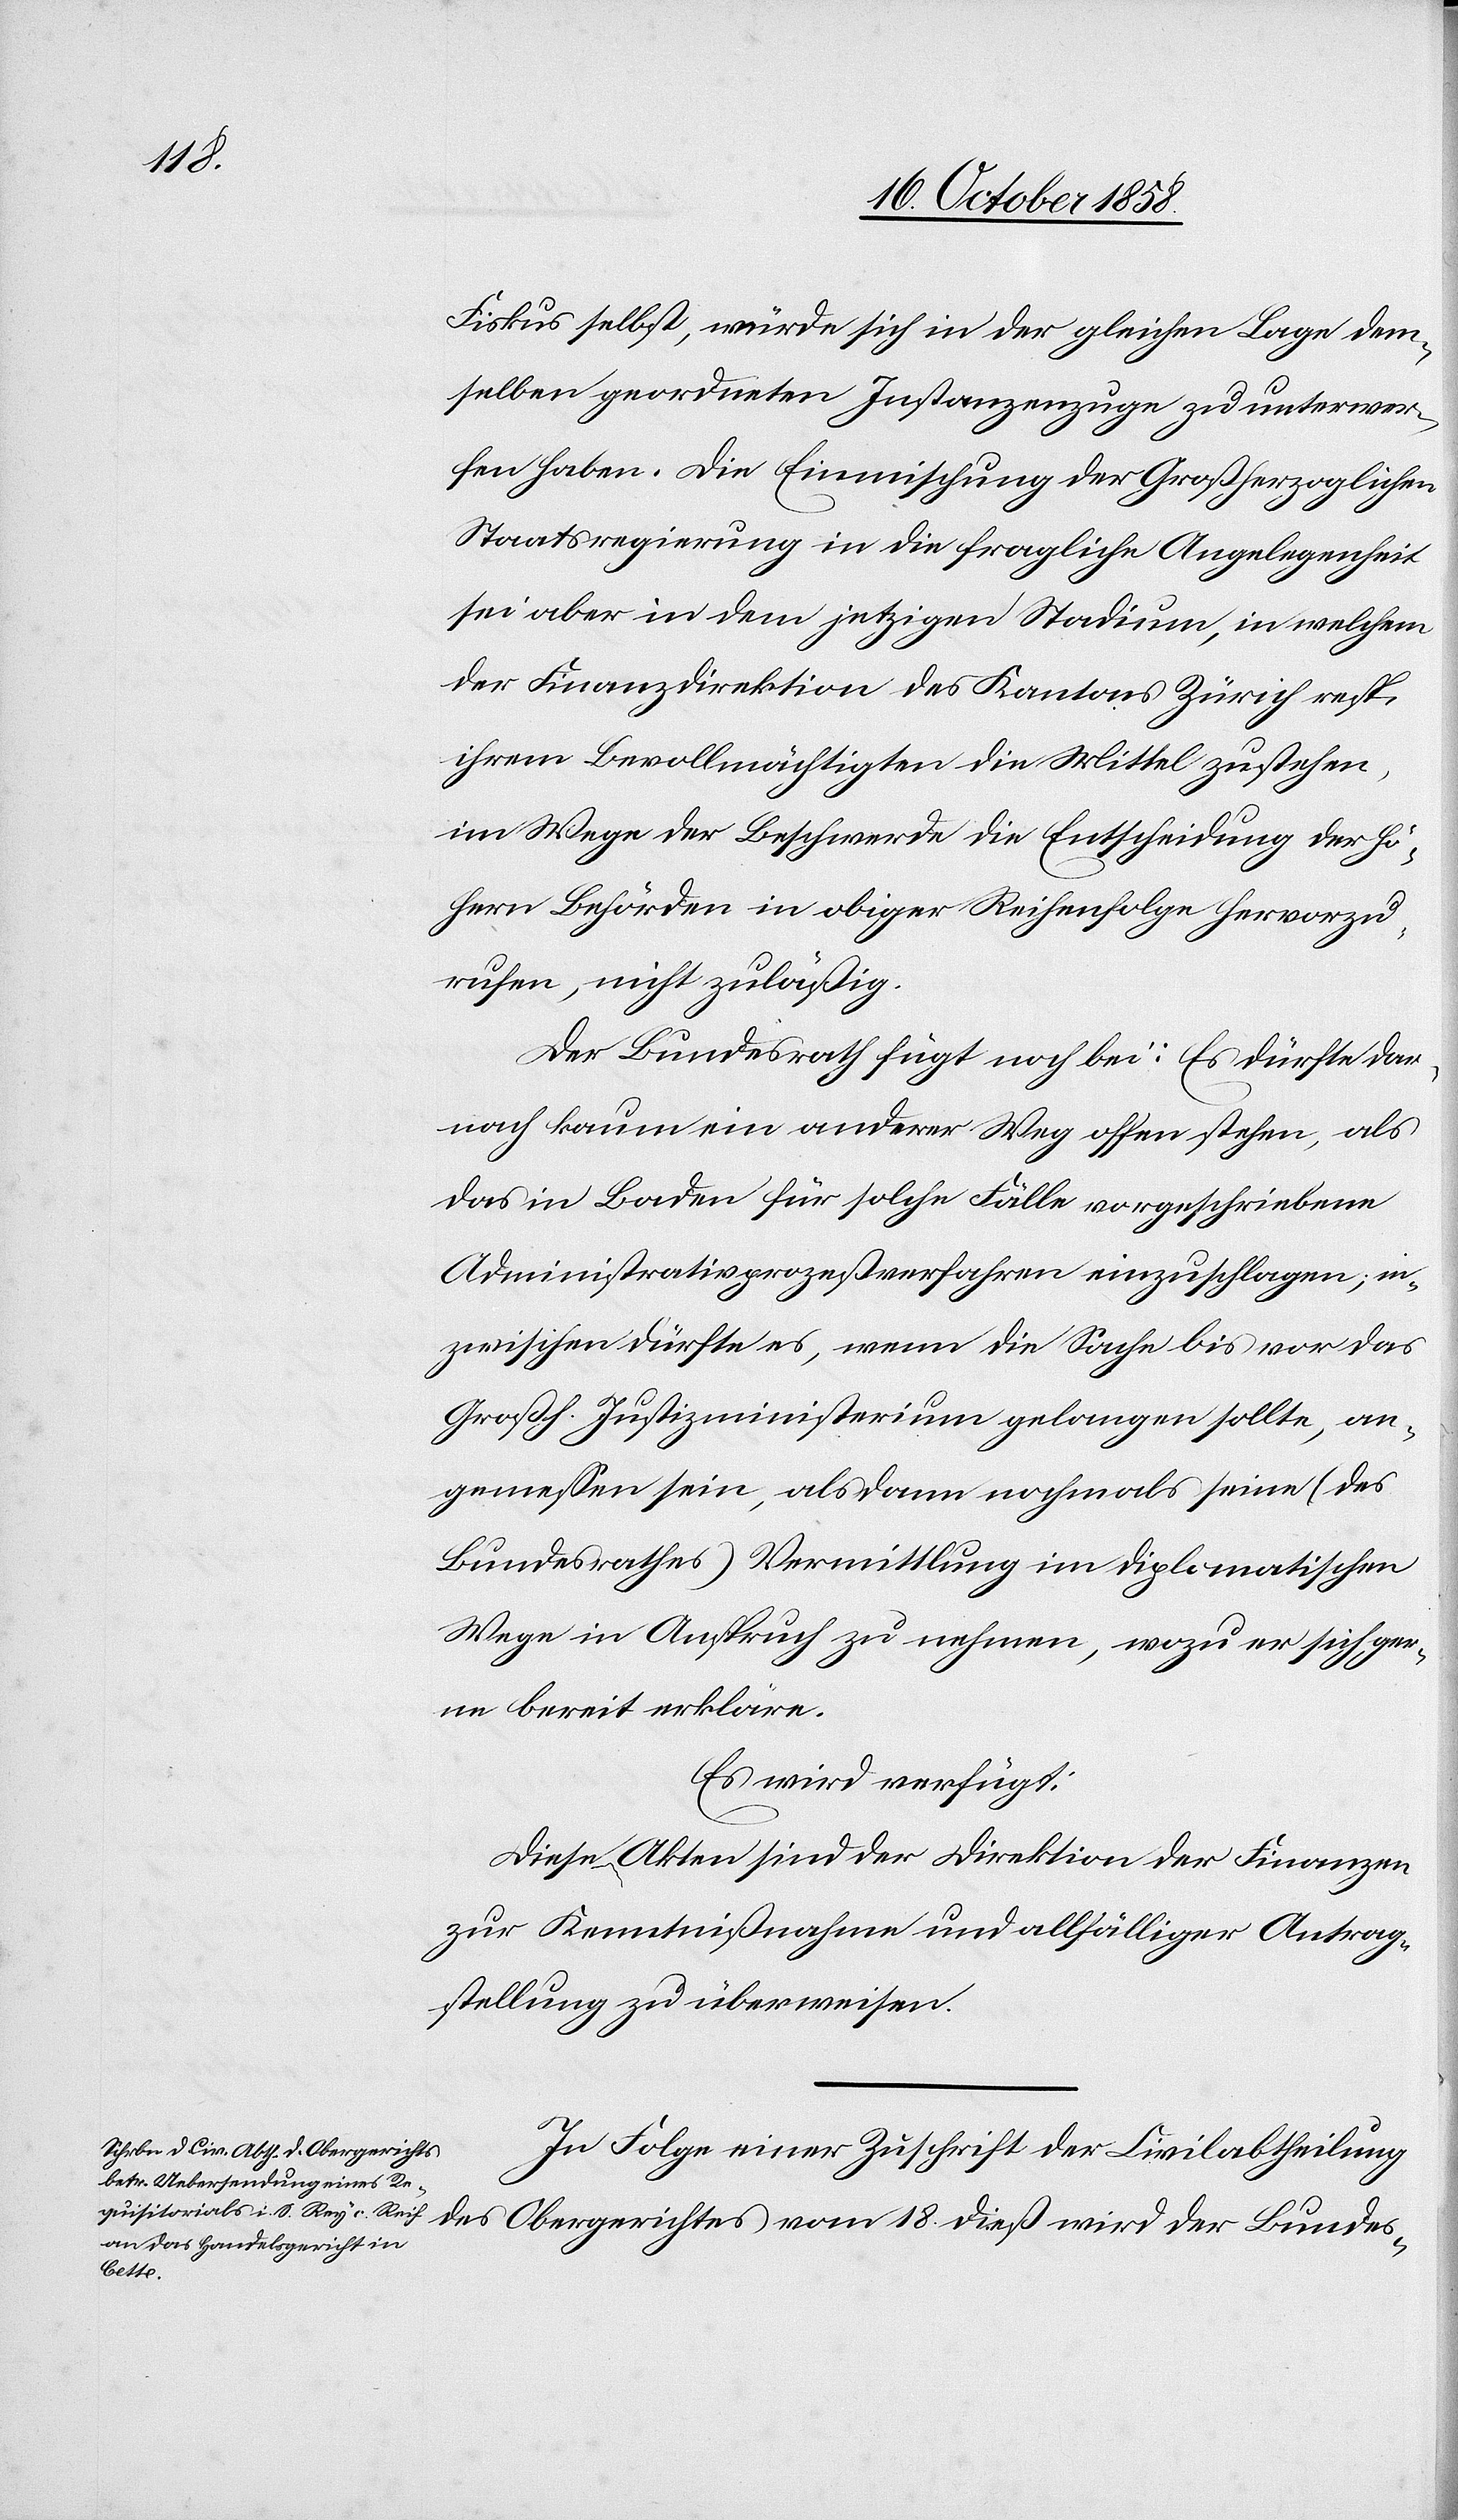
20. October 1858.]
Fiskus selbst, würde sich in der gleichen Lage dem¬
selben geordneten Instanzenzuge zu unterwer¬
fen haben. Die Einmischung der Großherzoglichen
Staatsregierung in die fragliche Angelegenheit
sei aber in dem jetzigen Stadium, in welchem
der Finanzdirektion des Kantons Zürich resp.
ihrem Bevollmächtigten die Mittel zustehen,
im Wege der Beschwerde die Entscheidung der hö¬
hern Behörden in obiger Reihenfolge hervorzu¬
rufen, nicht zuläßig.
Der Bundesrath fügt noch bei: Es dürfte dar¬
nach kaum ein anderer Weg offen stehen, als
das in Baden für solche Fälle vorgeschriebene
Administrativprozeßverfahren einzuschlagen; in¬
zwischen dürfte es, wenn die Sache bis vor das
Großh. Justizministerium gelangen sollte, an¬
gemessen sein, alsdann nochmals seine (des
Bundesrathes) Vermittlung im diplomatischen
Wege in Anspruch zu nehmen, wozu er sich ger¬
ne bereit erkläre.
Es wird verfügt:
Diese Akten sind der Direktion der Finanzen
zur Kenntnißnahme und allfälliger Antrag¬
stellung zu überweisen.
In Folge einer Zuschrift der Civilabtheilung
des Obergerichtes vom 18. dieß wird der Bundes-